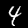
Label: 4